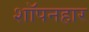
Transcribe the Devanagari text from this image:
शॉपनहार